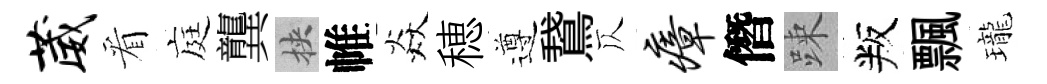
葳看庭龔挾帷焱穂遵鵞仄瘴僭踈叛飄瓏